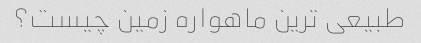
طبیعی ترین ماهواره زمین چیست؟